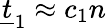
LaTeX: \underline{{t}}_{1}\approx c_{1}n